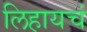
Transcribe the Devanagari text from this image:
लिहायचं